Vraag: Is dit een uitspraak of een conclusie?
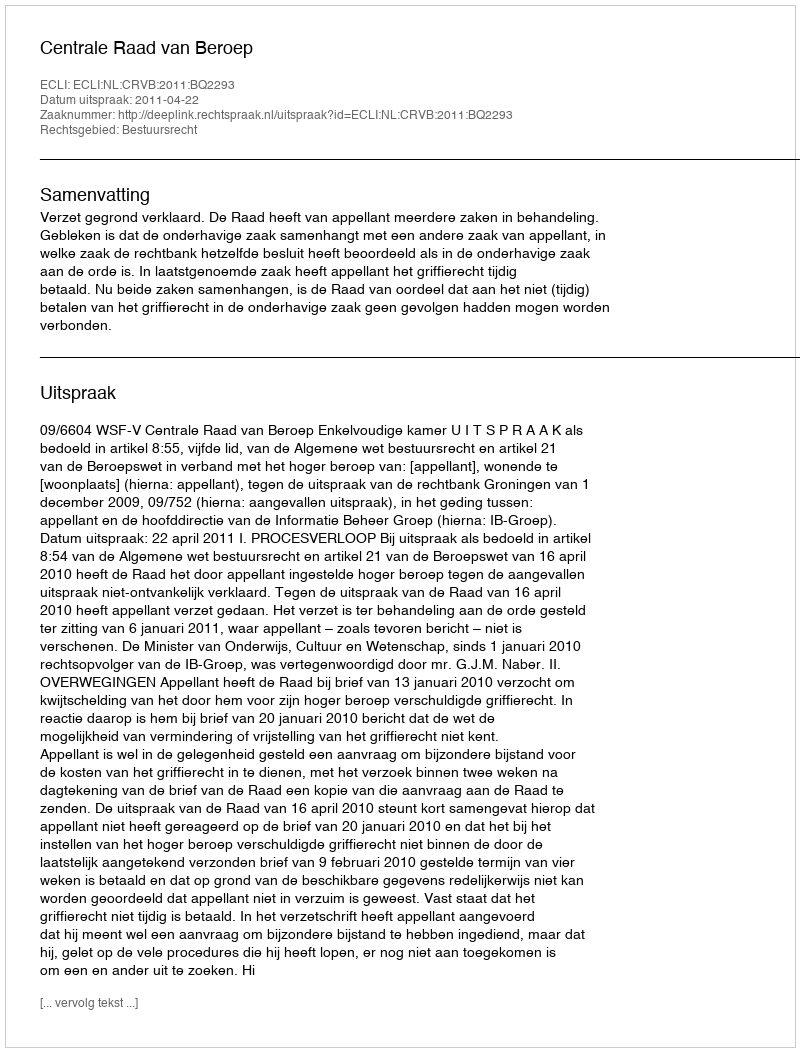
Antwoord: Uitspraak